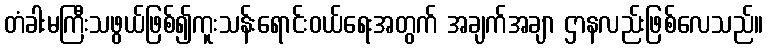
တံခါးမကြီးသဖွယ်ဖြစ်၍ကူးသန်းရောင်းဝယ်ရေးအတွက် အချက်အချာ ဌာနလည်းဖြစ်လေသည်။